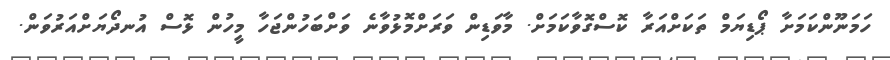
ހަމަނޫންކަމަށާ ޕޯޑިޔަމް ތަކަށްއަރާ ކޮސްގޮވާކަމަށް. މާވަޑިން ވަރަށްމޮޅުވާނެ ވަށްބަހުންޖަހާ މީހުން ޅޮސް އުނދޯޔަށްއަރުވަން.